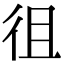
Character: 徂